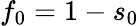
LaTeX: f_{0}=1-s_{0}